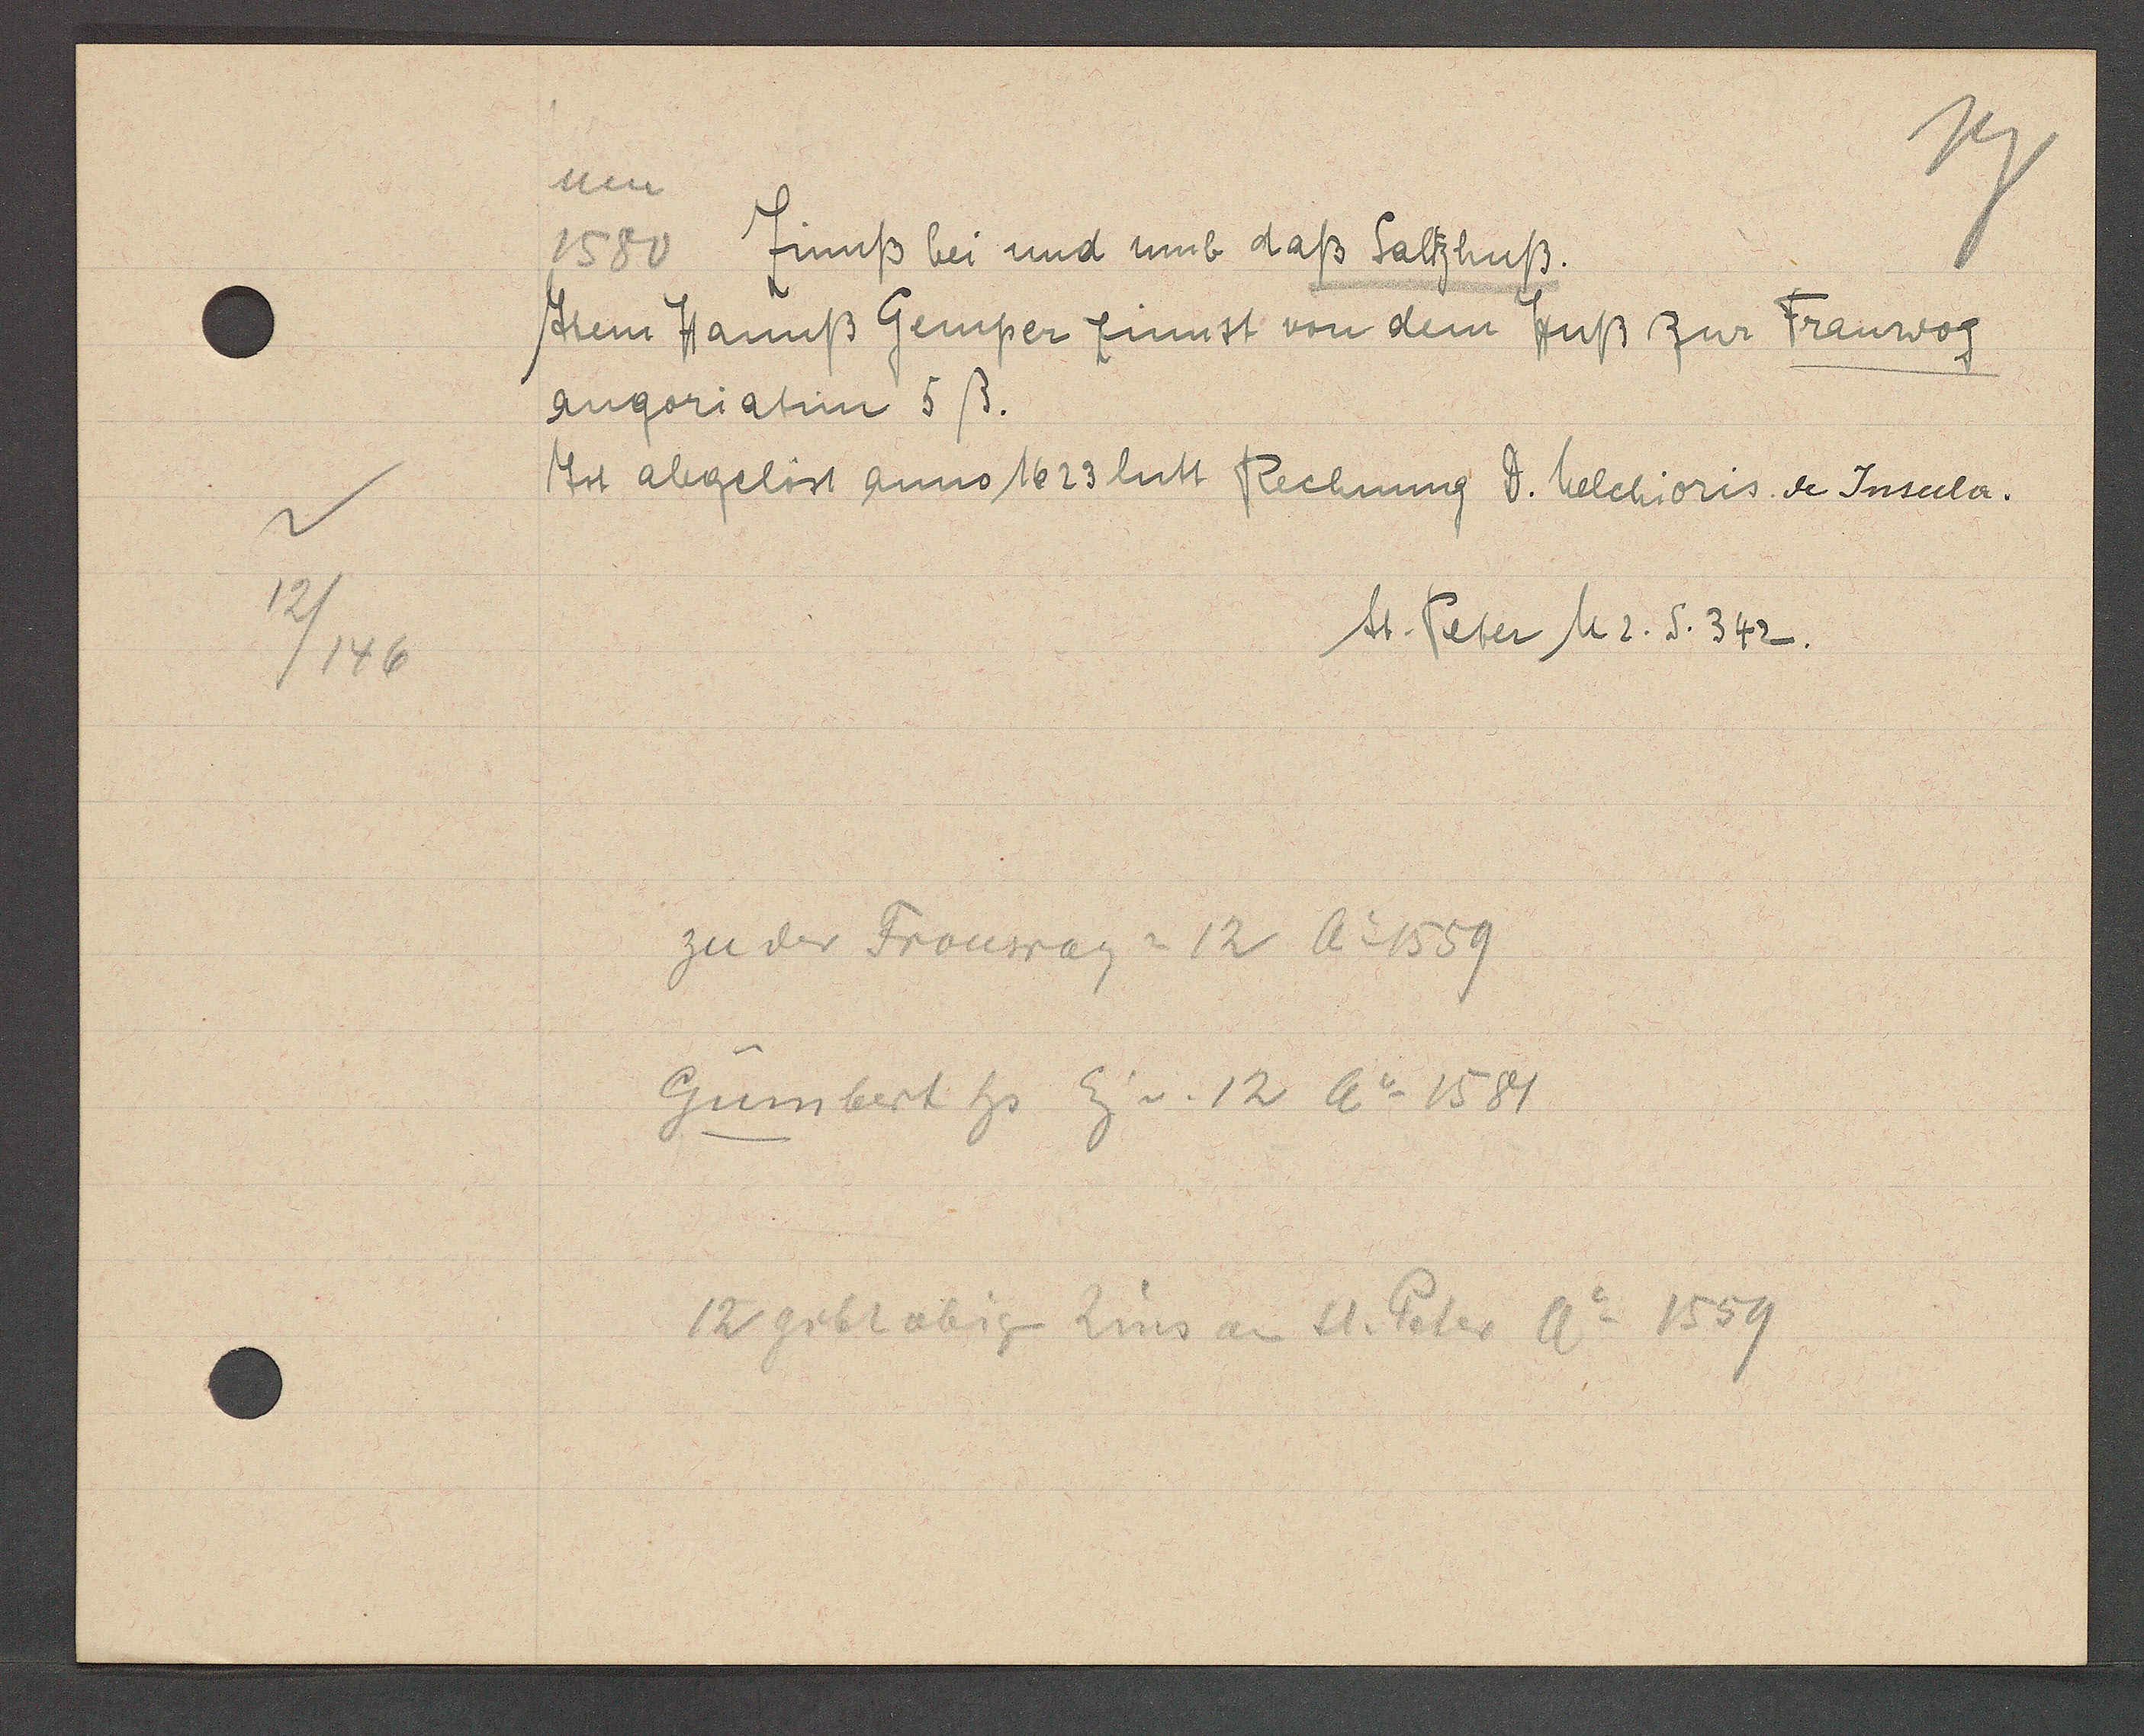
Transcript:
12/146

um
1580 Zinnß bei und umb daß Saltzhuß.

Item Hannß Gemper zinnst von dem Huß zur Frauwog
angoriatim 5ß.
Ist abgelöst anno 1623 lutt Rechnung d. helchioris. de Insula.

St. Peter M2. S. 342.

zu der Frouwag = 12 Ao 1559
Gumbert hs. Eig v. 12 Ao 1581
12 gibt obige Zins an St. Peter Ao 1559